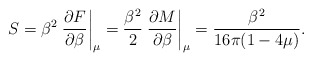
\begin{align*} S = \beta^2\left. {\partial F \over \partial \beta} \right|_\mu ={\beta^2\over 2} \left. {\partial M \over \partial \beta} \right|_\mu={\beta^2 \over 16 \pi (1-4\mu)}.\end{align*}